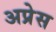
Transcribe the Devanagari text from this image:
अप्रेस